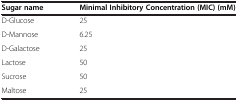
<table><thead><tr><td><b>Sugar name</b></td><td><b>Minimal Inhibitory Concentration (MIC) (mM)</b></td></tr></thead><tbody><tr><td>D-Glucose</td><td>25</td></tr><tr><td>D-Mannose</td><td>6.25</td></tr><tr><td>D-Galactose</td><td>25</td></tr><tr><td>Lactose</td><td>50</td></tr><tr><td>Sucrose</td><td>50</td></tr><tr><td>Maltose</td><td>25</td></tr></tbody></table>